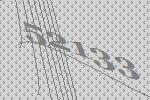
52133